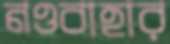
নওবাহার